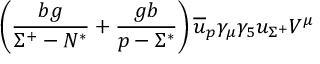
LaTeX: \left( \frac { b g } { \Sigma ^ { + } - N ^ { * } } + \frac { g b } { p - \Sigma ^ { * } } \right) \overline { { { u } } } _ { p } \gamma _ { \mu } \gamma _ { 5 } u _ { \Sigma ^ { + } } V ^ { \mu }